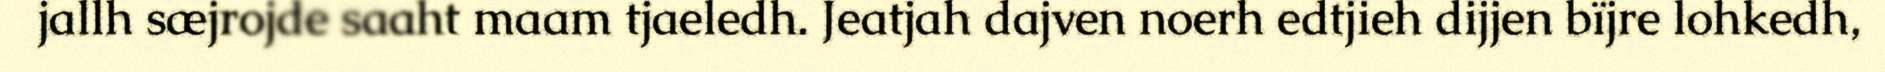
jallh sæjrojde saaht maam tjaeledh. Jeatjah dajven noerh edtjieh dijjen bïjre lohkedh,